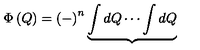
\Phi \left( Q \right) = \left( - \right) ^ { n } \underbrace { \int d Q \cdots \int d Q }